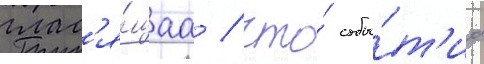
глас'я́щаа / что́ собы́т'иа